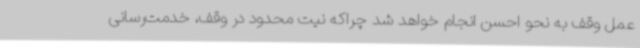
عمل وقف به نحو احسن انجام خواهد شد چراکه نیت محدود در وقف، خدمت‌رسانی